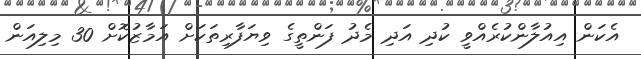
އެކަން އިއުލާންކުރެއްވީ ކުދި އަދި މެދު ފަންތީގެ ވިޔަފާރިތަކަށް އަމާޒުކޮށް 30 މިލިއަން